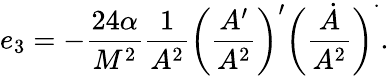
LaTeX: e_{3}=-\frac{24\alpha}{M^{2}}\frac{1}{A^{2}}\bigg(\frac{A^{\prime}}{A^{2}}\bigg)^{\prime}\bigg(\frac{\dot{A}}{A^{2}}\bigg)^{\dot{\ }}.